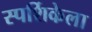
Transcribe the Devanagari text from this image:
स्पर्शिकेला